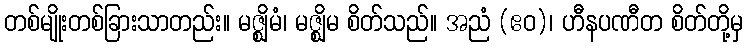
တစ်မျိုးတစ်ခြားသာတည်း။ မဇ္ဈိမံ၊ မဇ္ဈိမ စိတ်သည်။ အညံ (ဧဝ)၊ ဟီနပဏီတ စိတ်တို့မှ